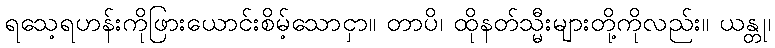
ရသေ့ရဟန်းကိုဖြားယောင်းစိမ့်သောငှာ။ တာပိ၊ ထိုနတ်သ္မီးများတို့ကိုလည်း။ ယန္တု၊